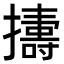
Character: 𢷬